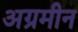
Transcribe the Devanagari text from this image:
अग्रमीन